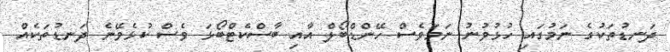
ދަނޑުތަކުގެ ނަމުގައި ހުޅުވުނު ނަމަވެސް ހޭންޑްބޯލް އާއި ބާސްކެޓްބޯޅަ ވެސް ކުޅެވޭނެ ދަނޑުތަކެއް